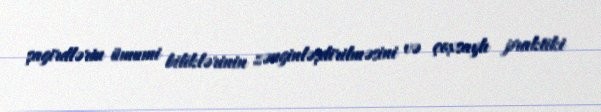
şagirdlərin ümumi biliklərinin zənginləşdirilməsini və çoxsaylı praktiki